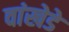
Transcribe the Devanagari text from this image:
वांखेडे